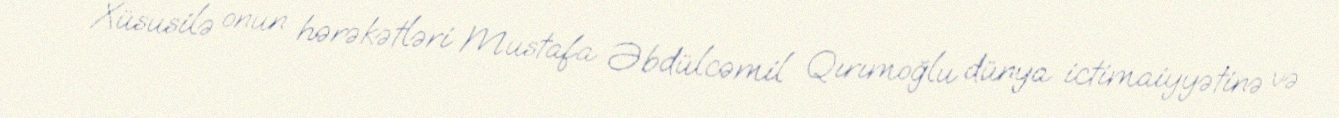
Xüsusilə onun hərəkətləri Mustafa Əbdülcəmil Qırımoğlu dünya ictimaiyyətinə və